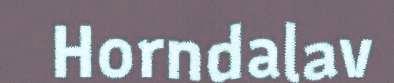
Horndalav